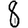
Digit: 8